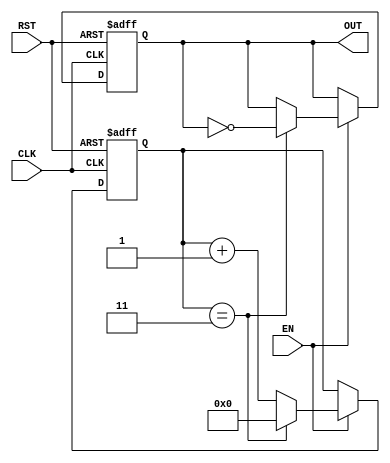
module freq_divider_counter #(
    parameter N = 4  // Division factor, can be modified as needed
)(
    input wire CLK,   // Clock signal
    input wire RST,   // Reset signal
    input wire EN,    // Enable signal
    output reg OUT    // Output signal
);

    reg [31:0] count; // Counter register (32 bits for larger N values)

    // Asynchronous reset
    always @(posedge CLK or posedge RST) begin
        if (RST) begin
            count <= 0;  // Reset counter
            OUT <= 0;    // Reset output
        end else if (EN) begin
            if (count == N-1) begin
                count <= 0;          // Reset counter when it reaches N-1
                OUT <= ~OUT;         // Toggle output
            end else begin
                count <= count + 1;  // Increment counter
            end
        end
    end
endmodule